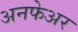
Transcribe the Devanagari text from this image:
अनफेअर